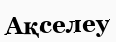
Ақселеу